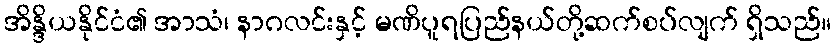
အိန္ဒိယနိုင်ငံ၏ အာသံ၊ နာဂလင်းနှင့် မဏိပူရပြည်နယ်တို့ဆက်စပ်လျက် ရှိသည်။